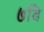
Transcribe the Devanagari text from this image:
७वि